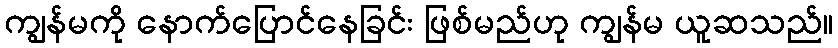
ကျွန်မကို နောက်ပြောင်နေခြင်း ဖြစ်မည်ဟု ကျွန်မ ယူဆသည်။